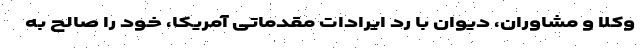
وکلا و مشاوران، دیوان با رد ایرادات مقدماتی آمریکا، خود را صالح به